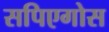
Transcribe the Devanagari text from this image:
सपिएगोस